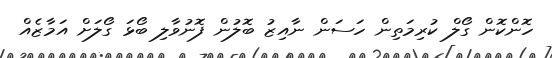
ހޮންކޮން ގޯލް ކުރިމަތިން ހަސަން ނާއިޒު ބޮލުން ފޮނުވާލި ބޯޅަ ގޯލަށް އަމާޒެއް